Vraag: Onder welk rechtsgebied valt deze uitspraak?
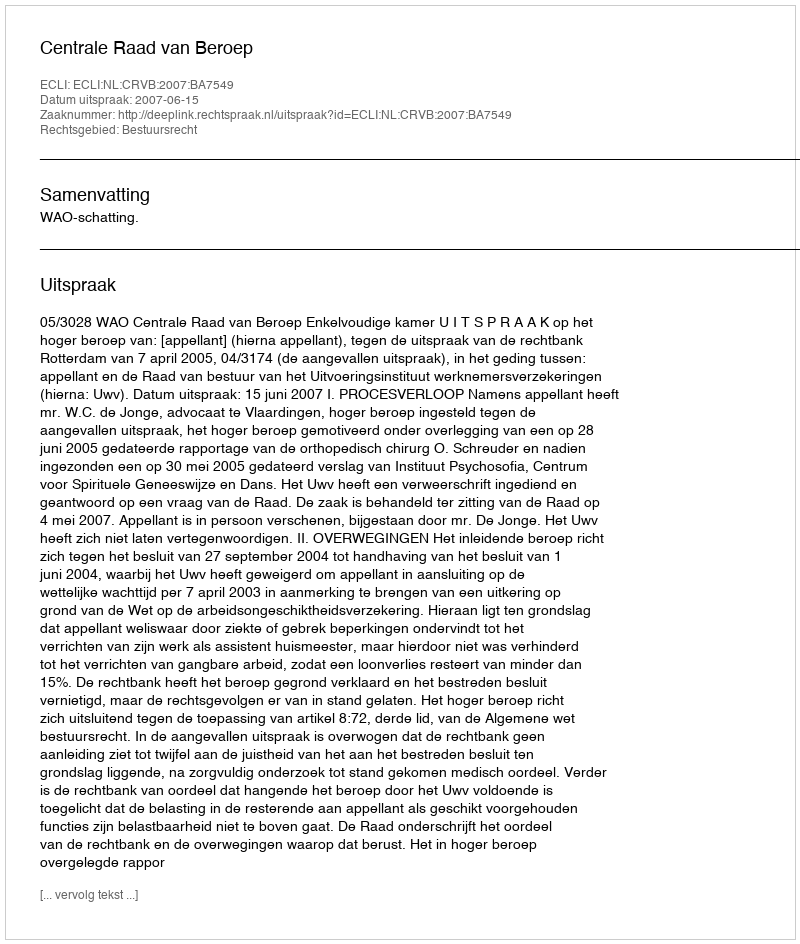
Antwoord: Bestuursrecht